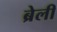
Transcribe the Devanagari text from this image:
ब्रेली